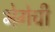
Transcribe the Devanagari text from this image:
भेगेची